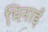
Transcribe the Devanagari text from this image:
भिनाई